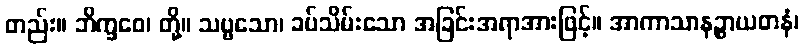
တည်း။ ဘိက္ခဝေ၊ တို့။ သဗ္ဗသော၊ ခပ်သိမ်းသော အခြင်းအရာအားဖြင့်။ အာကာသာနဉ္စာယတနံ၊